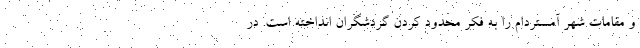
و مقامات شهر آمستردام را به فکر محدود کردن گردشگران انداخته است. در